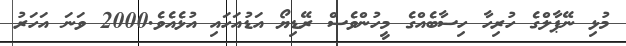
މުޅި ނޭޕާލްގެ ހުރިހާ ހިސާބެއްގެ މީހުންވެސް ރޭޑިޔޯ އަޑުއަހައި އުޅެއެވެ.2000 ވަނަ އަހަރު